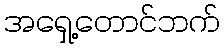
အရှေ့တောင်ဘက်